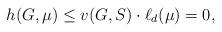
LaTeX: \begin{align*}h(G,\mu) \leq v(G,S) \cdot \ell_d(\mu) = 0,\end{align*}